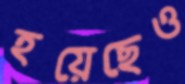
হয়েছেও